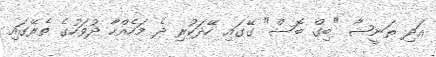
އަދި ތަނީޝާ "ބިގް ބޮސް" ގޭގައި ހޭދަކުރި ދެ މަހެއްހާ ދުވަހުގެ ތެރޭގައި